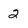
Character: 2